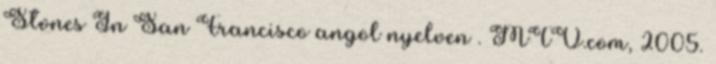
Stones In San Francisco angol nyelven . MTV.com, 2005.